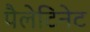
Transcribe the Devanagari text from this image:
पैलेटिनेट